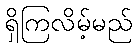
ရှိကြလိမ့်မည်